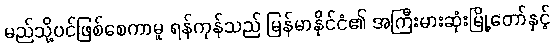
မည်သို့ပင်ဖြစ်စေကာမူ ရန်ကုန်သည် မြန်မာနိုင်ငံ၏ အကြီးမားဆုံးမြို့တော်နှင့်